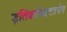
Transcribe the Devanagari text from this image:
इतिकर्तव्यतात्वेन